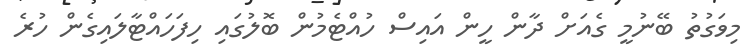
މިވަގުތު ބޭނުމީ ގެއަށް ދާން ހީން އައިސް ހުއްޓެމުން ބޮލުގައި ހިފަހައްޓާލައިގެން ހުރެ